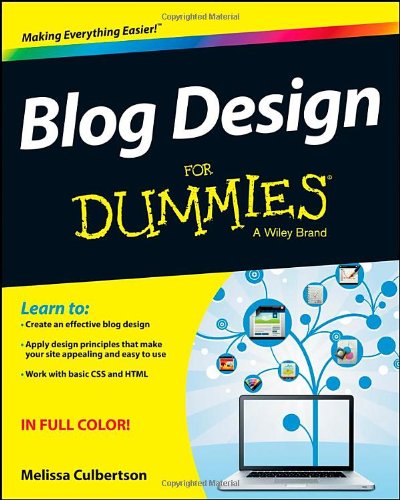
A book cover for Blog Design For Dummies; Melissa Culbertson; Computers & Technology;